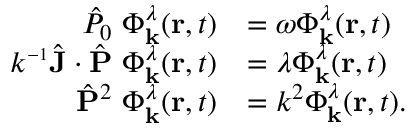
\begin{array} { r l } { \hat { P } _ { 0 } ~ \boldsymbol { \Phi } _ { \mathbf { k } } ^ { \lambda } ( \mathbf { r } , t ) } & { = \omega \boldsymbol { \Phi } _ { \mathbf { k } } ^ { \lambda } ( \mathbf { r } , t ) } \\ { k ^ { \scriptscriptstyle { - 1 } } \hat { \mathbf { J } } \cdot \hat { \mathbf { P } } ~ \boldsymbol { \Phi } _ { \mathbf { k } } ^ { \lambda } ( \mathbf { r } , t ) } & { = \lambda \boldsymbol { \Phi } _ { \mathbf { k } } ^ { \lambda } ( \mathbf { r } , t ) } \\ { \hat { \mathbf { P } } ^ { 2 } ~ \boldsymbol { \Phi } _ { \mathbf { k } } ^ { \lambda } ( \mathbf { r } , t ) } & { = k ^ { 2 } \boldsymbol { \Phi } _ { \mathbf { k } } ^ { \lambda } ( \mathbf { r } , t ) . } \end{array}